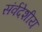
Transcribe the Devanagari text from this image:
संर्वदेशीय